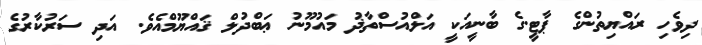
ދިވެހި ރައްޔިތުންގެ ޕާޓީ.ގެ ބާނީއަކީ އަލްއުސްތާޛު މައުމޫނު ޢަބްދުލް ޤައްޔޫމްއެވެ. އަދި ސަރުކާރުގެ